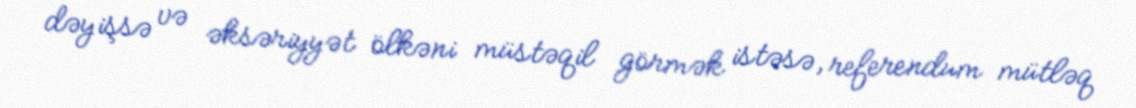
dəyişsə və əksəriyyət ölkəni müstəqil görmək istəsə, referendum mütləq